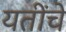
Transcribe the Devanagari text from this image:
यतींचे